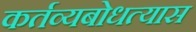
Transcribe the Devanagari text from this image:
कर्तव्यबोधत्यास